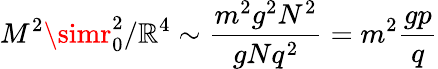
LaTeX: M^{2}\simr_{0}^{2}/\mathbb{R}^{4}\sim\frac{{m^{2}g^{2}N^{2}}}{{gNq^{2}}}=m^{2}\frac{{gp}}{{q}}